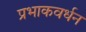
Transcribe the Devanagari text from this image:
प्रभाकवर्धन